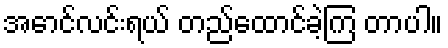
အောင်လင်းရယ် တည်ထောင်ခဲ့ကြ တာပါ။